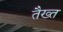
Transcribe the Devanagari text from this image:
तैख्त